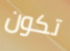
تكون